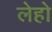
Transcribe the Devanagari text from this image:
लेहो